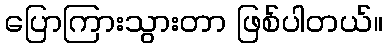
ပြောကြားသွားတာ ဖြစ်ပါတယ်။